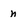
Character: n